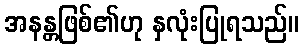
အနန္တဖြစ်၏ဟု နှလုံးပြုရသည်။